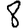
Digit: 8